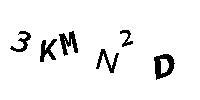
3KMN2D